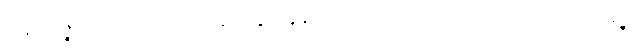
အနိဿဇ္ဇိတတ္တာ ဝိသယဒဿနတ္ထံ နိက္ကဍ္ဎန္တိယာ အာဠိယံ မဟာဝါလိကရာသီတိ အဋ္ဌာနဉ္စ